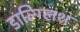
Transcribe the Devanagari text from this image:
डाल्ग्लिश